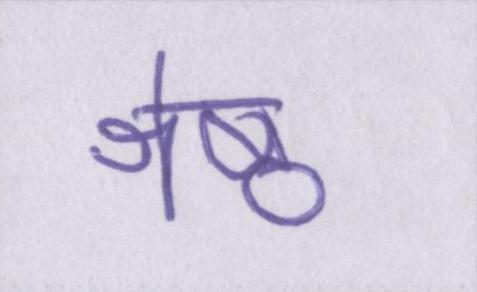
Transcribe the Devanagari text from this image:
श्रेष्ठ